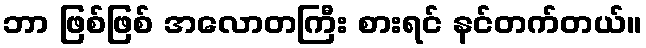
ဘာ ဖြစ်ဖြစ် အလောတကြီး စားရင် နင်တက်တယ်။